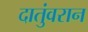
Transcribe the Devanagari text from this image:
दातुंवरान